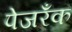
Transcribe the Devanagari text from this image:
पेजरॅँक